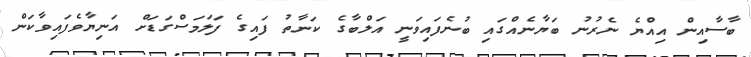
ބާސާއިން އިއްޔެ ނެރުނު ބަޔާނެއްގައި ބުނެފައިވަނީ އަލްބާގެ ކަނާތު ފައިގެ ފަލަމަސްގަޑަށް އަނިޔާވެފައިވާކަން